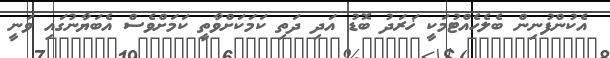
އެކުންފުނިން ބެލެހެއްޓުމަކީ ޚަރަދު ބޮޑު އަދި ދަތި ކަމަކަށްވާތީ ކަމަށްވެސް އެބަޔާނުގައި ވަނީ